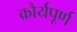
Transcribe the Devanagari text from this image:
क्रौर्यपूर्ण